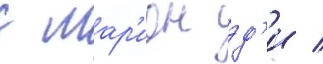
с мар'ион эд'и /